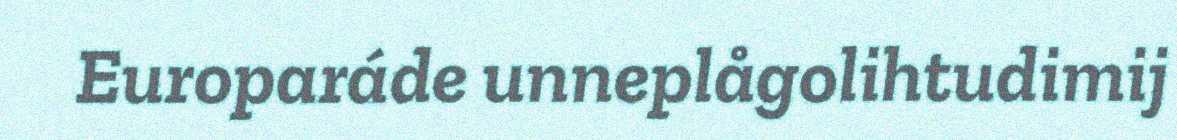
Europaráde unneplågolihtudimij